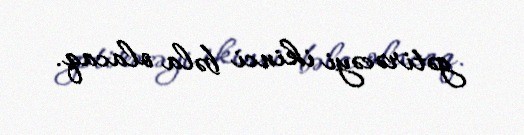
gətirəcəyi ikinci bəla olacaq.